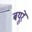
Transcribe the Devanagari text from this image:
बयूरें